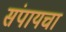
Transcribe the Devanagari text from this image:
संपायचा